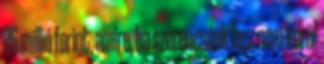
26 millió forint, amire, ha szerencsénk lesz nem kerül